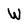
Character: W